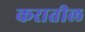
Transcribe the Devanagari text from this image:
करातील